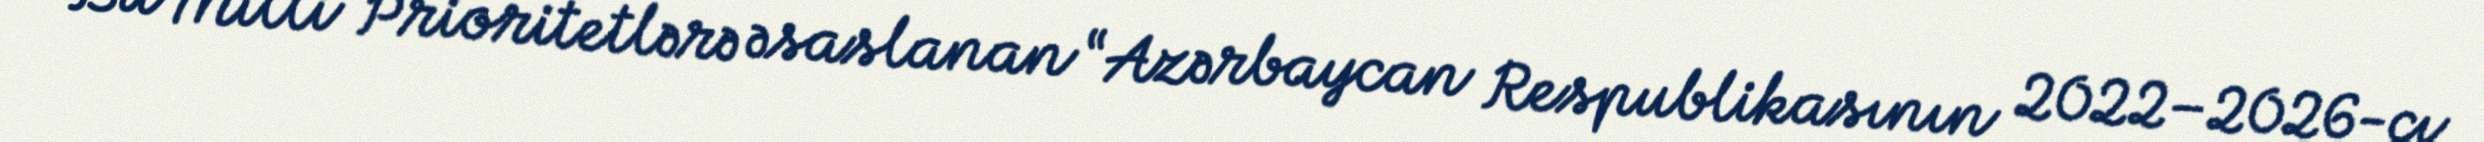
Bu Milli Prioritetlərə əsaslanan “Azərbaycan Respublikasının 2022–2026-cı